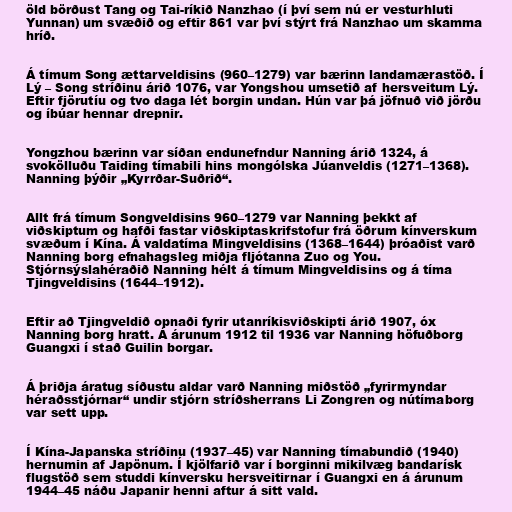
öld börðust Tang og Tai-ríkið Nanzhao (í því sem nú er vesturhluti
Yunnan) um svæðið og eftir 861 var því stýrt frá Nanzhao um skamma
hríð.

Á tímum Song ættarveldisins (960–1279) var bærinn landamærastöð. Í
Lý – Song stríðinu árið 1076, var Yongshou umsetið af hersveitum Lý.
Eftir fjörutíu og tvo daga lét borgin undan. Hún var þá jöfnuð við jörðu
og íbúar hennar drepnir.

Yongzhou bærinn var síðan endunefndur Nanning árið 1324, á
svokölluðu Taiding tímabili hins mongólska Júanveldis (1271–1368).
Nanning þýðir „Kyrrðar-Suðrið“.

Allt frá tímum Songveldisins 960–1279 var Nanning þekkt af
viðskiptum og hafði fastar viðskiptaskrifstofur frá öðrum kínverskum
svæðum í Kína. Á valdatíma Mingveldisins (1368–1644) þróaðist varð
Nanning borg efnahagsleg miðja fljótanna Zuo og You.
Stjórnsýslahéraðið Nanning hélt á tímum Mingveldisins og á tíma
Tjingveldisins (1644–1912).

Eftir að Tjingveldið opnaði fyrir utanríkisviðskipti árið 1907, óx
Nanning borg hratt. Á árunum 1912 til 1936 var Nanning höfuðborg
Guangxi í stað Guilin borgar.

Á þriðja áratug síðustu aldar varð Nanning miðstöð „fyrirmyndar
héraðsstjórnar“ undir stjórn stríðsherrans Li Zongren og nútímaborg
var sett upp.

Í Kína-Japanska stríðinu (1937–45) var Nanning tímabundið (1940)
hernumin af Japönum. Í kjölfarið var í borginni mikilvæg bandarísk
flugstöð sem studdi kínversku hersveitirnar í Guangxi en á árunum
1944–45 náðu Japanir henni aftur á sitt vald.